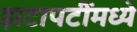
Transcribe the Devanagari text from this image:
झटापटींमध्ये